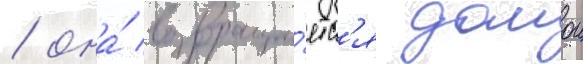
/ она́ возвраща́етс'я домои